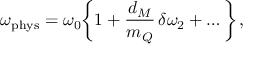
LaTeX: \omega _ { \mathrm { p h y s } } = \omega _ { 0 } \bigg \{ 1 + { \frac { d _ { M } } { m _ { Q } } } \, \delta \omega _ { 2 } + \ldots \bigg \} \, ,